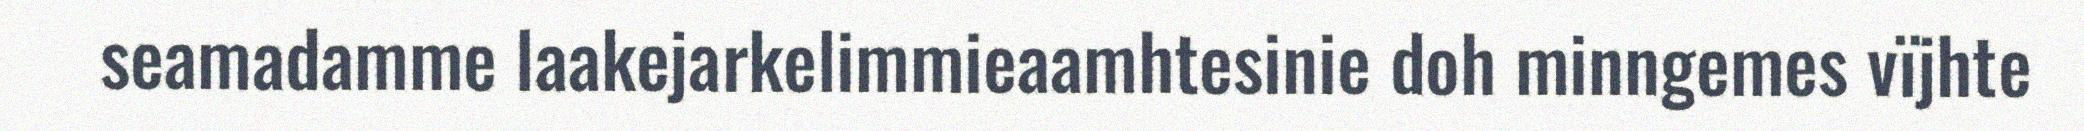
seamadamme laakejarkelimmieaamhtesinie doh minngemes vïjhte